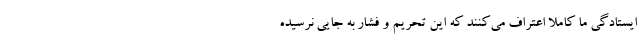
ایستادگی ما کاملاً اعتراف می‌کنند که این تحریم و فشار به جایی نرسیده